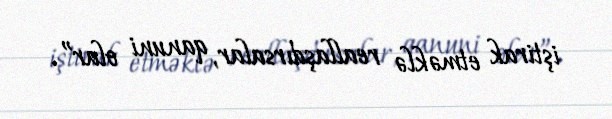
iştirak etməklə reallaşdırsalar, qanuni olar”.